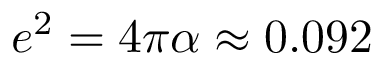
e ^ { 2 } = 4 \pi \alpha \approx 0 . 0 9 2